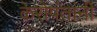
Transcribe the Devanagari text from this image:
केरोपंतांनी